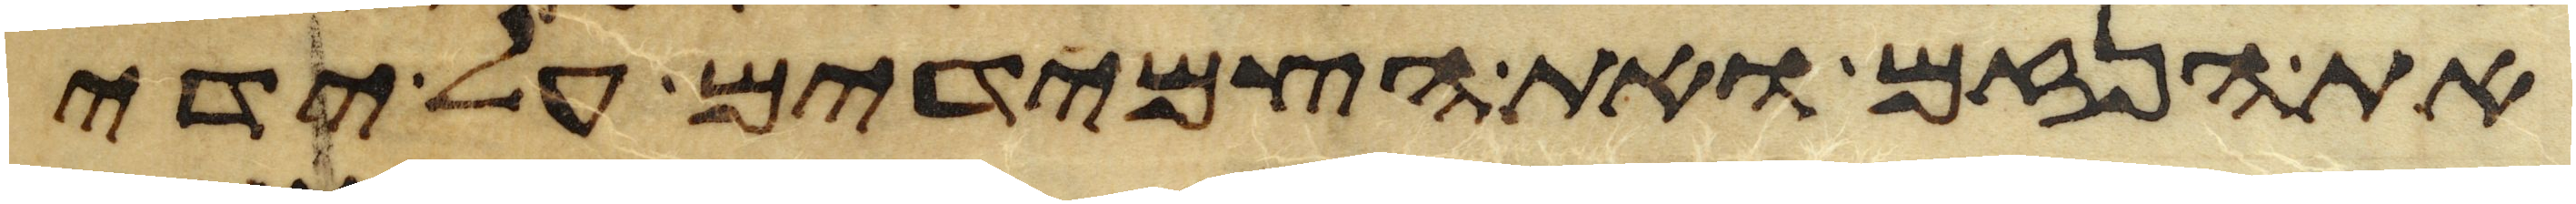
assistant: את הנזם ואת הצמידים על ידי